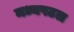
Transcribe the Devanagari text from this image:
मध्यपटल